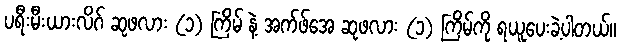
ပရီးမီးယားလိဂ် ဆုဖလား (၁) ကြိမ် နဲ့ အက်ဖ်အေ ဆုဖလား (၁) ကြိမ်ကို ရယူပေးခဲ့ပါတယ်။